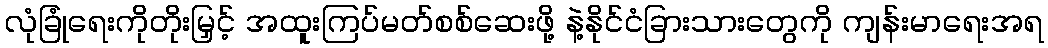
လုံခြုံရေးကိုတိုးမြှင့် အထူးကြပ်မတ်စစ်ဆေးဖို့ နဲ့နိုင်ငံခြားသားတွေကို ကျန်းမာရေးအရ